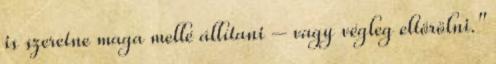
is szeretne maga mellé állítani – vagy végleg eltörölni."